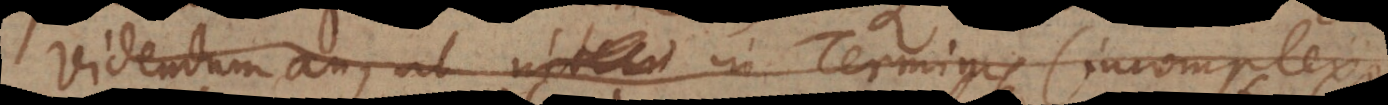
Videndum an, ut in Terminis (incomplexis)